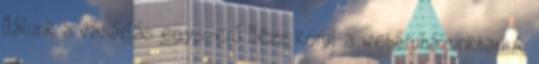
Nálunk a vásárlás egyszerű Nézz körül a webáruházunkban A